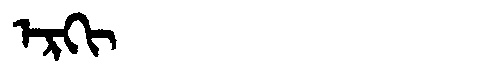
Manchu: ᡝᡵᡴᡳ
Romanization: ERKI